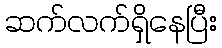
ဆက်လက်ရှိနေပြီး